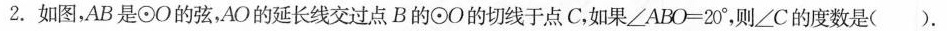
2.如图，AB是⊙O的弦，AO的延长线交过点B的⊙O的切线于点C，如果$$∠ABO=20°$$，则∠C的度数是( ).